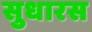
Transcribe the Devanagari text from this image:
सुधारस